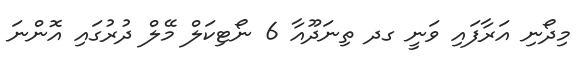
މިދޯނި އަރާފައި ވަނީ ގދ ތިނަދޫއާ 6 ނޯޓިިކަލް މޭލް ދުރުގައި އޮންނަ